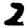
Digit: 2